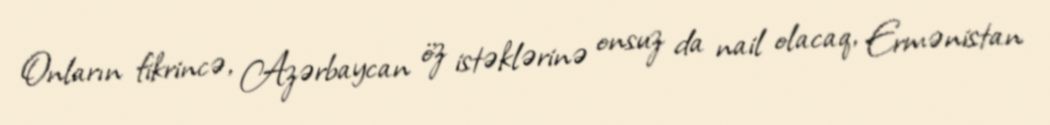
Onların fikrincə, Azərbaycan öz istəklərinə onsuz da nail olacaq, Ermənistan